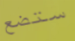
ستضع